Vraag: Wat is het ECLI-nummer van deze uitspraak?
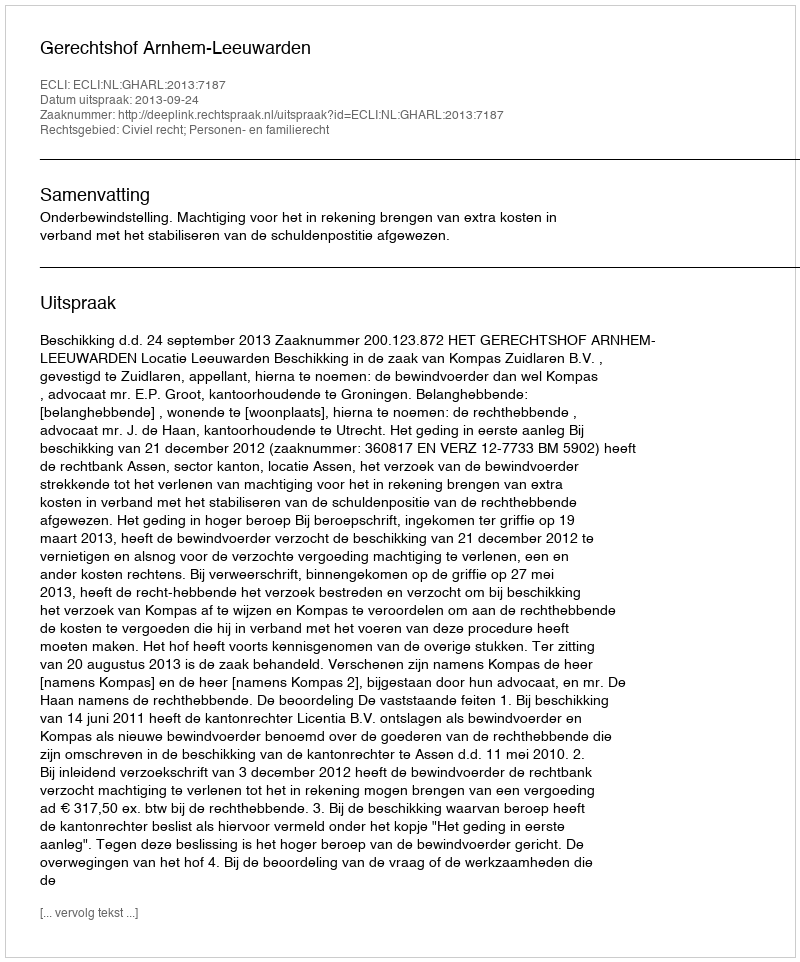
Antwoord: ECLI:NL:GHARL:2013:7187